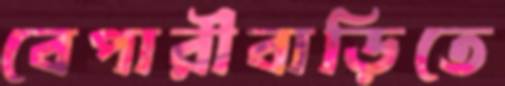
বেপারীবাড়িতে